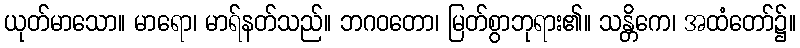
ယုတ်မာသော။ မာရော၊ မာရ်နတ်သည်။ ဘဂဝတော၊ မြတ်စွာဘုရား၏။ သန္တိကေ၊ အထံတော်၌။